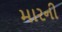
મારની